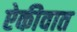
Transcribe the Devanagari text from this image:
ऐकीवात